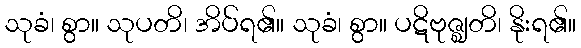
သုခံ၊ စွာ။ သုပတိ၊ အိပ်ရ၏။ သုခံ၊ စွာ။ ပဋိဗုဇ္ဈတိ၊ နိုးရ၏။